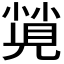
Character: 𡮡